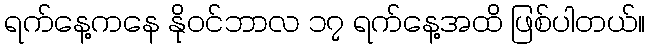
ရက်နေ့ကနေ နိုဝင်ဘာလ ၁၇ ရက်နေ့အထိ ဖြစ်ပါတယ်။